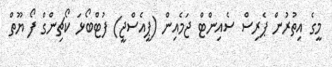
މީގެ އިތުރުން ޕެރިސް ސެއިންޓް ޖަމެއިން (ޕީއެސްޖީ) ފުޓްބޯޅަ ކޯޗިންގް ފޯ ޔޫތް